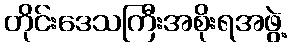
တိုင်းဒေသကြီးအစိုးရအဖွဲ့